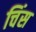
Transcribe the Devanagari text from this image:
चिंस